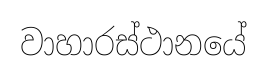
වාහාරස්ථානයේ